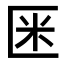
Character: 𠤻